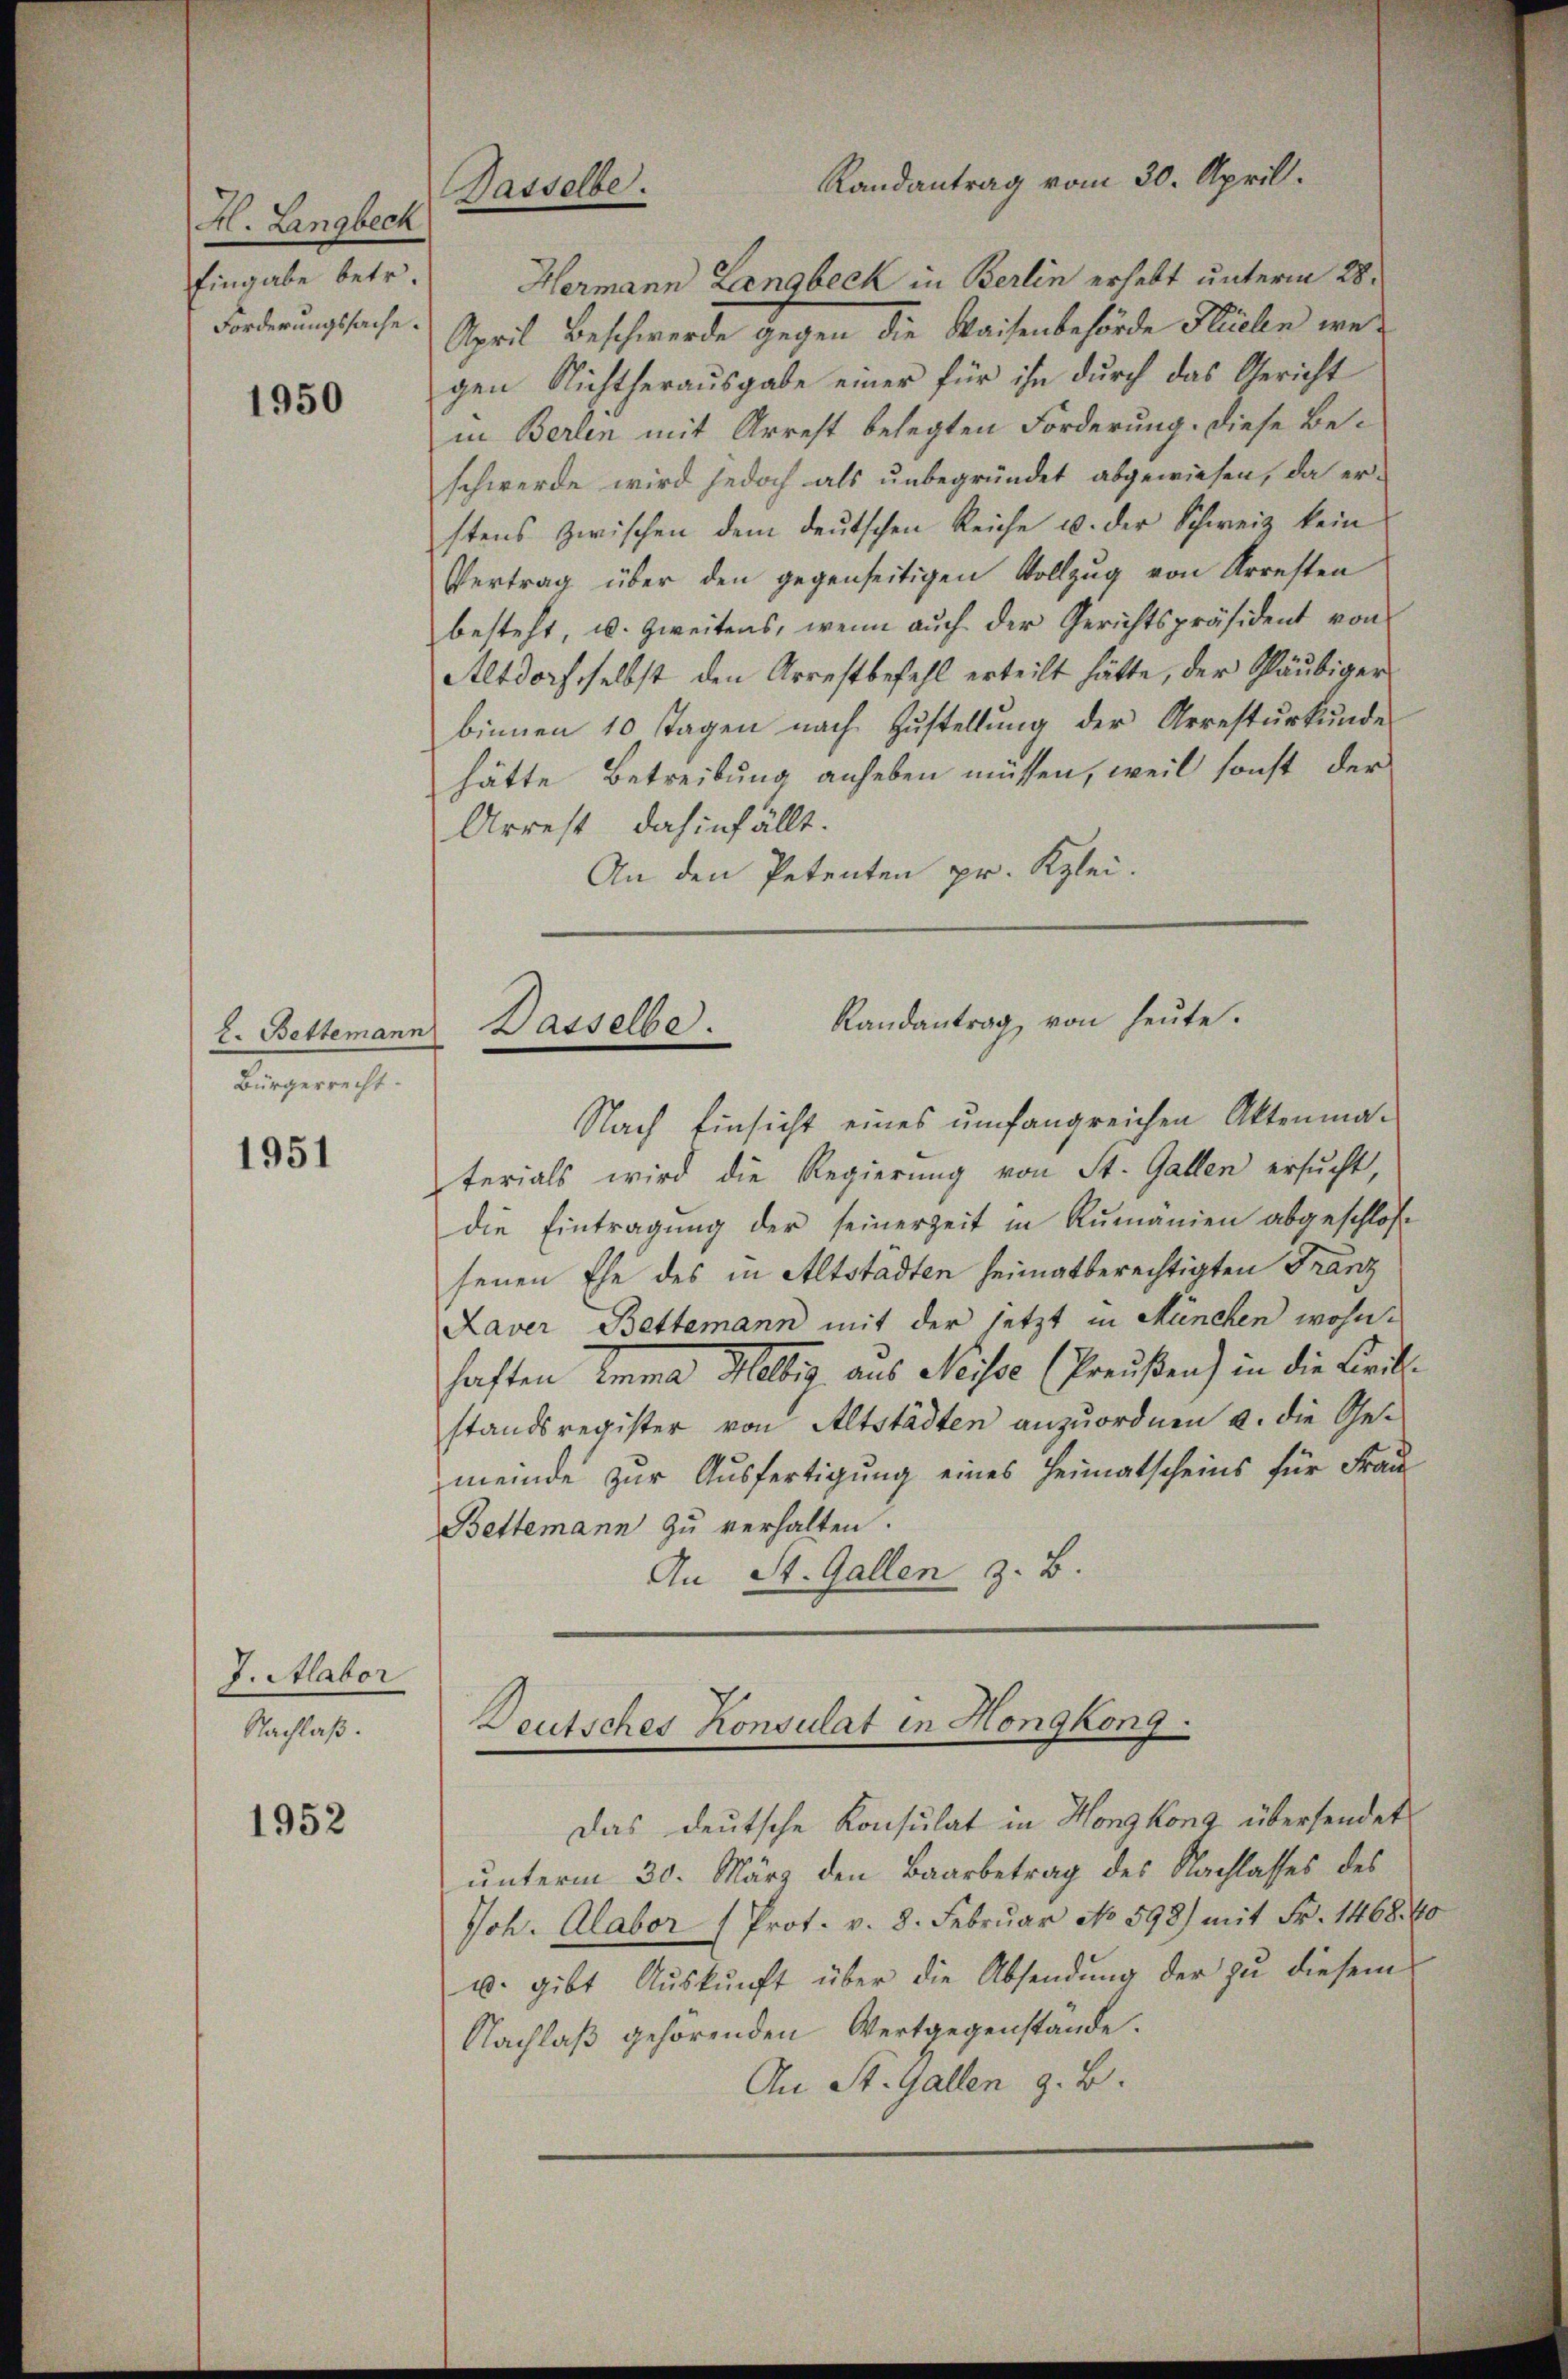
H. Lingbeck
Eingabe betr.
Forderungssache.

1950

L. Bettemann
Bürgerrecht.

1951

J. Alabor
Nachlaß.

1952

Gasselbe.

Hermann Langbeck in Berlin erhebt unterm 28.
April Beschwerde gegen die Waisenbehörde Stielen wegen Nichtherausgabe einer für ihn durch das Gericht
in Berlen mit Arrest belegten Forderung. Diese Beschwerde wird jedoch als unbegründet abgewiesen, da erstens zwischen dem deutschen Reiche u. der Schweiz kein
Vertrag über den gegenseitigen Vollzug von Arresten
besteht, u. zweitens, wenn auch der Gerichtspräsident von
Altdorf selbst den Arrestbefehl erteilt hätte, der Schläubiger
binnen 10 Tagen nach Zustellung der Arrestŭrkŭnde
hätte Betreibung anheben müssen, weil sonst der
Arrest dahinfällt.
An den Petenten pr. Klei¬
Randantrag von heute.
Nach Einsicht eines umfangreichen Aktenmaterials wird die Regierung von St. Gallen ersucht,
die Eintragŭng der seinerzeit in Rumänien abgeschlos
senen Ehe des in Altstadten heimatberechtigten Franz
Laver Bettamann mit der jetzt in München wohnhaften Emma Hellig aus Neise (Preußen) in die Civilstandsregister von Altstädten anzuordnen u. die Gemeinde zur Ausfertigung eines Heimatscheins für Frau
Bettemann zu verhalten.
An St. Gallen z. B.
.
Deutsches Konsulat in Hongkony
7
Das deutsche Konsulat in Hongkong übersendet
unterm 30. März den Baarbetrag des Nachlasses des
Joh. Alabor (Prot. v. 8. Februar No 598) mit Fr. 1468. 40
u. gibt Auskunft über die Absendung der zu diesem
Nachlaß gehörenden Wertgegenstände.
An St. Gallen z. B.

Randantrag vom 20. April.

Dasselbe.